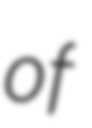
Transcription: of